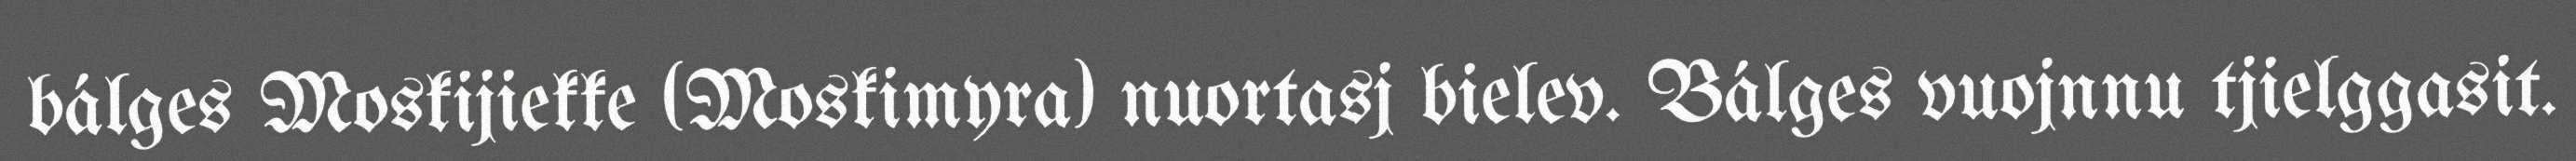
bálges Moskijiekke (Moskimyra) nuortasj bielev. Bálges vuojnnu tjielggasit.